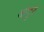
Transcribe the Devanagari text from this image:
अंगुर